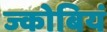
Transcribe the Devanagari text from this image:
ज्कोबियं